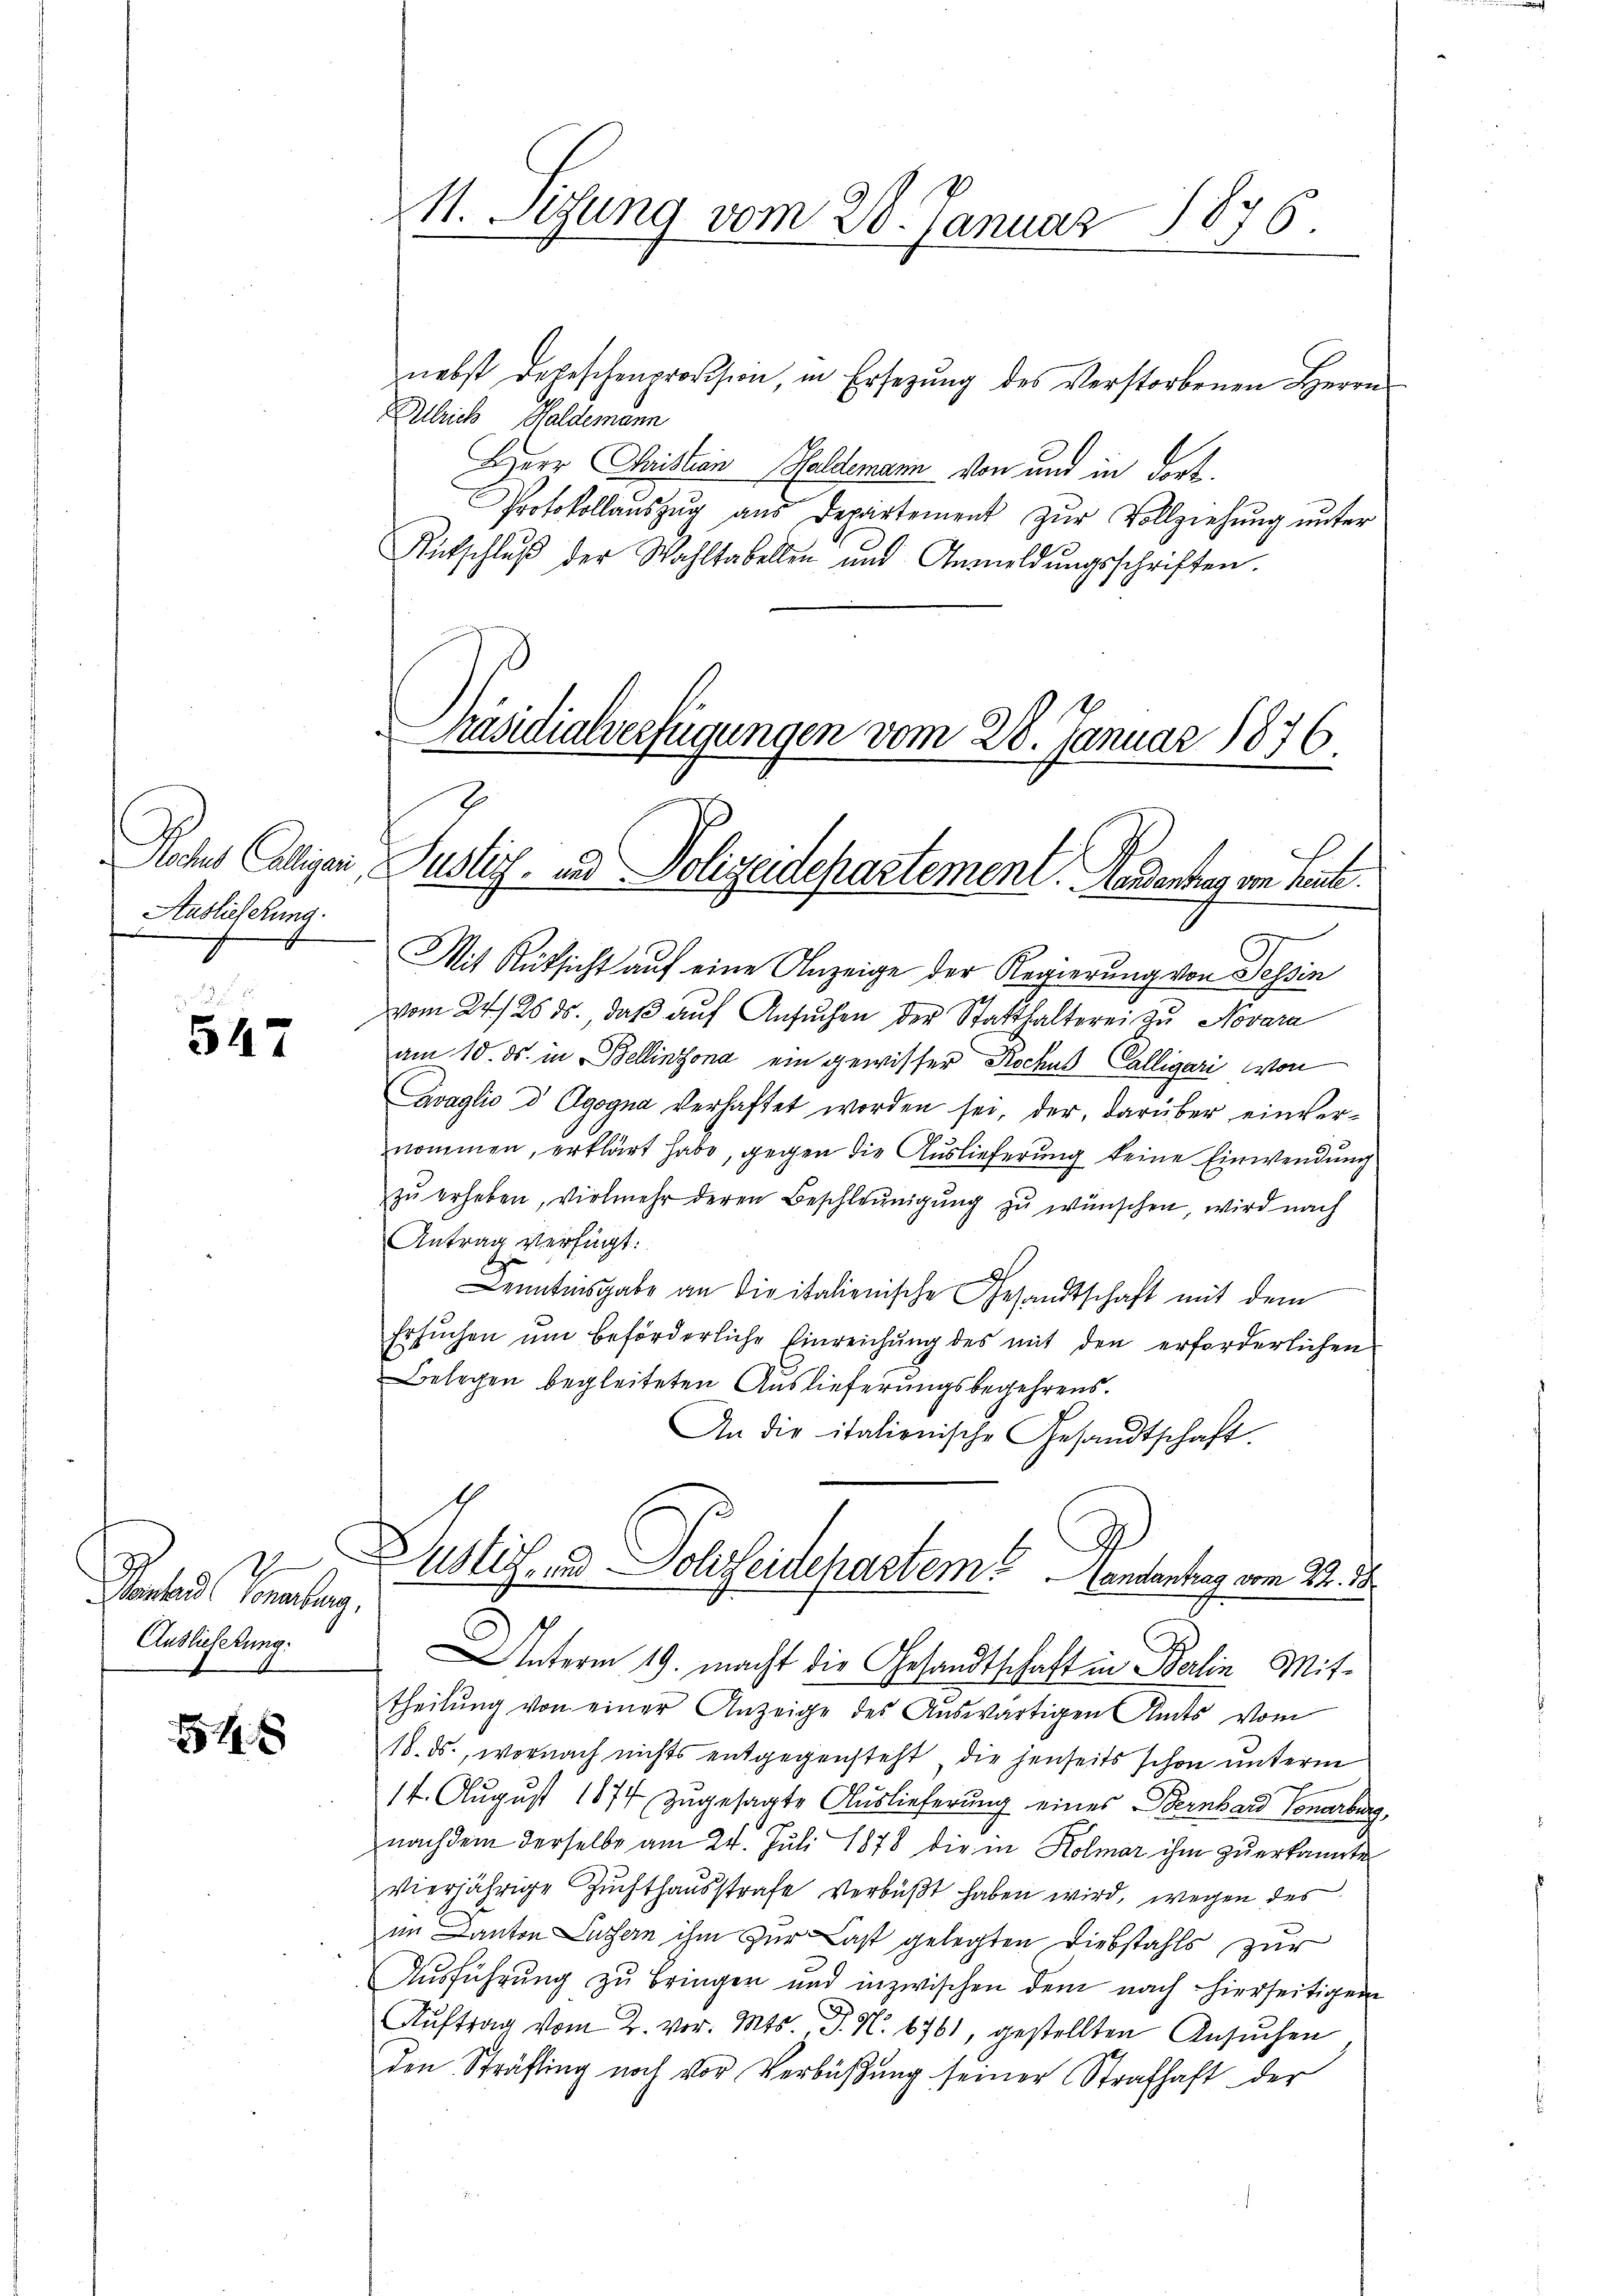
Auslieferung.

547

C
Montand Consulang
Auslieferung:

54 x

1. Sitzung vom 28. Januar 1876.

Präsidialverfügungen vom 28. Januar 1876.
2
Rohnes Caligen, Justiz- und Polizeidepartement. Handenhang von Leute.

nebst depeschenprovision, in Ersezung des Verstorbenen Herrn
Allrich Waldemann
Herr Cristian Haldemann von und in dort.
Protokollaŭszŭg aŭs Departement zŭr Vollziehung unter
Rütschlŭβ der Wahltabellen und Anmeldŭngsschriften.
Mit Rüksicht auf eine Anzeige der Regierung von Tessin
vom 24./26. ds., daβ aŭf Ansŭchen der Statthalterei zu Novara
am 15. ds. in Bellinzona ein gewisser Rochus Falligari von
Avaglio d Ogogna verhaftet worden sei, der, darüber einvernommen, erklärt habe, gegen die Auslieferung keine Einwendung
zu erheben, vielmehr deren Beschleunigung zu wünschen, wird nach
Antrag verfügt:
e
h
Kenntnisgabe an die italienische Gesandtschaft mit dem
Ersŭchen ŭm beförderliche Einreichŭng des mit den erforderlichen
Belegen begleiteten Auslieferungsbegehrens.
An die italienische Gesandtschaft,
Zustiz- und Polizeidepartem Landantrag vom 24. 58.
nterm 19. macht die Gesandtschaft in Berlin Mittheilung von einer Anzeige des Auswärtigen Amts vom
18. ds., wornach nichts entgegensteht, die jenseits schon unterm
14. August 1874 zugesagte Auslieferung eines Bernhard Tonarburg,
nachdem derselbe am 24. Juli 1878 die in Kolmar ihm zuerkannte
vierjährige Zuchthaŭsstrafe verbüßt haben wird, wegen des
im Canton Lussern ihm zur Last gelegten Diebstahls zur
Aŭsführŭng zu bringen und inzwischen dem nach hierseitigen
Auftrag vom 2. vor. Mts., P. N. 6761, gestellten Ansuchen
den Sträfling noch vor Verbüßung seiner Strafhaft der